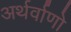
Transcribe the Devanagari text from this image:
अर्थर्वाणो